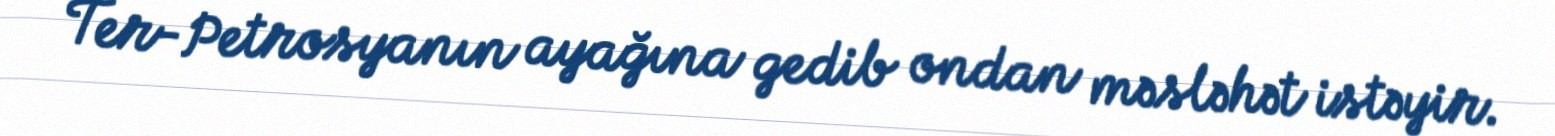
Ter-Petrosyanın ayağına gedib ondan məsləhət istəyir.